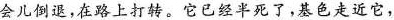
会儿倒退，在路上打转。它已经半死了，基色走近它，